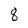
Character: 8